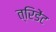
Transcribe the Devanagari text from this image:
त्रिडेंट